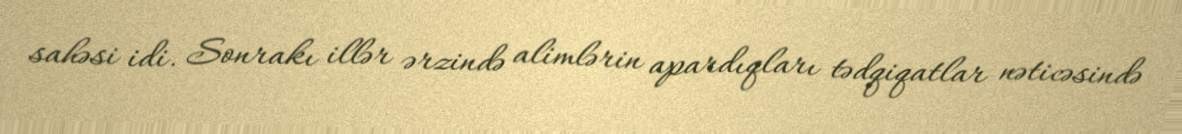
sahəsi idi. Sonrakı illər ərzində alimlərin apardıqları tədqiqatlar nəticəsində